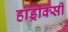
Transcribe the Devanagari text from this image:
हाड्रॉक्सी